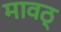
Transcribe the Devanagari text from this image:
मावठ्